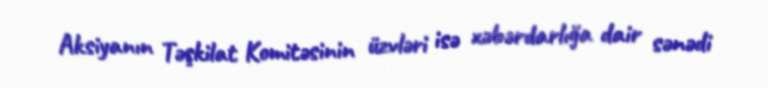
Aksiyanın Təşkilat Komitəsinin üzvləri isə xəbərdarlığa dair sənədi